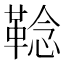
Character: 𩋏